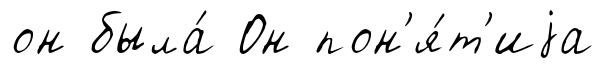
он была́ Он пон'я́т'иjа